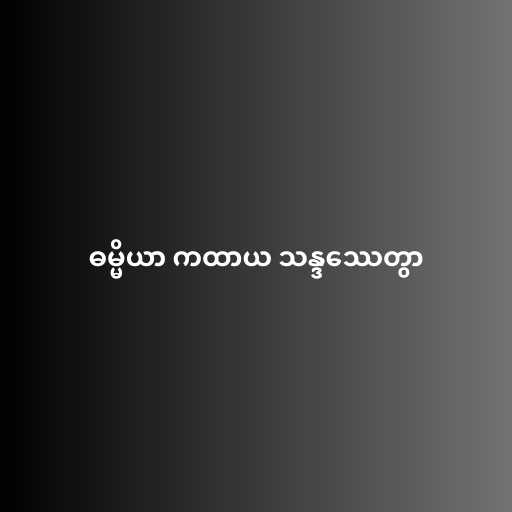
ဓမ္မိယာ ကထာယ သန္ဒဿေတွာ